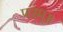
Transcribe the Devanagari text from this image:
परम्॥